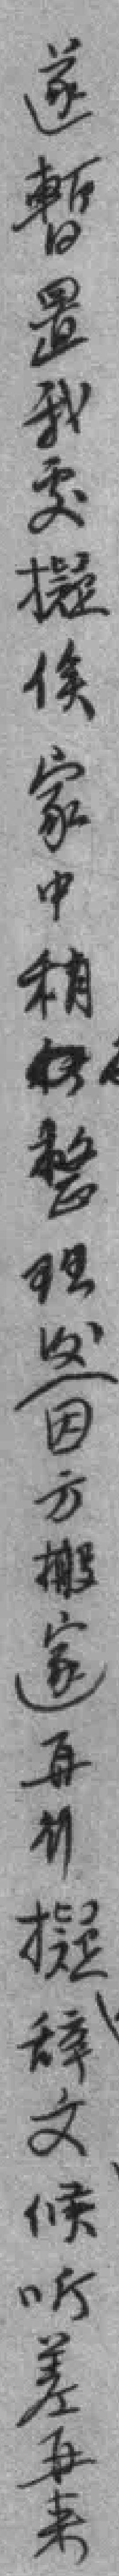
遂暫置我處擬俟家中稍整理後（因方搬家）再计擬辞文候听差再来